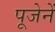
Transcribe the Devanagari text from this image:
पूजेनें